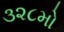
૩૨૮મો